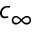
c _ { \infty }